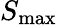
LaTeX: S_{\mathrm{max}}